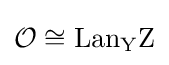
{\mathcal {O}}\cong \mathrm {Lan_{Y}Z}